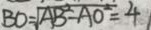
B O = \sqrt { A B ^ { 2 } - A O ^ { 2 } } = 4